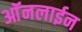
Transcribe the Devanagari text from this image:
आॅनलाईन